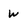
Character: W